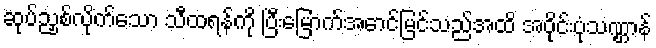
ဆုပ်ညှစ်လိုက်သော သီထရန်ကို ပြီးမြောက်အောင်မြင်သည်အထိ အဝိုင်းပုံသဏ္ဌာန်